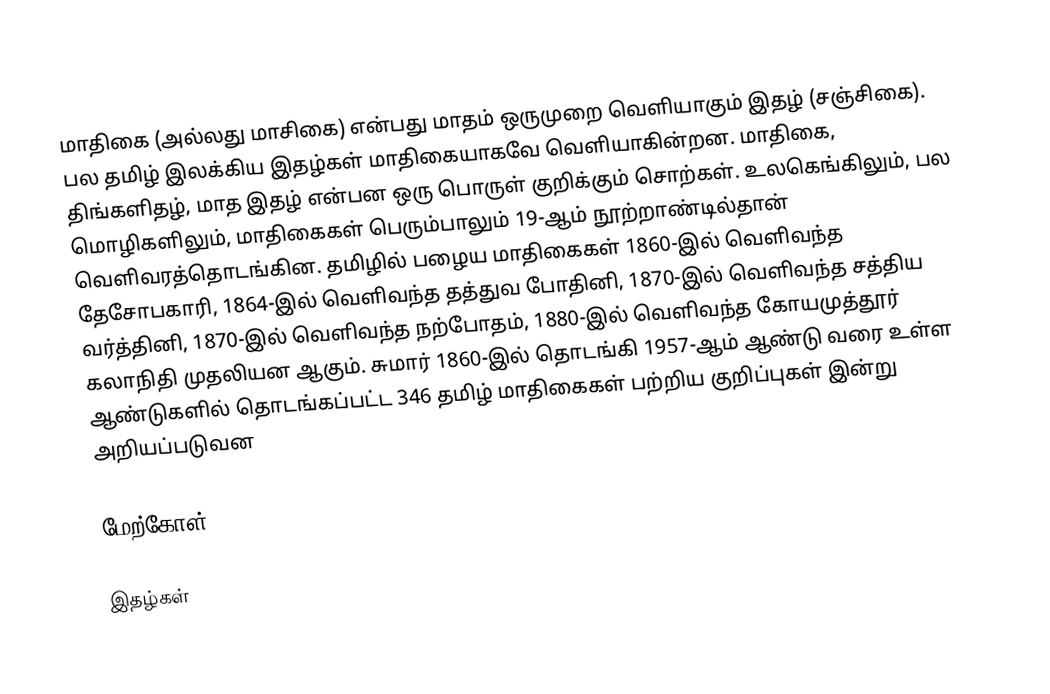
மாதிகை (அல்லது மாசிகை) என்பது மாதம் ஒருமுறை வெளியாகும் இதழ் (சஞ்சிகை). பல தமிழ் இலக்கிய இதழ்கள் மாதிகையாகவே வெளியாகின்றன. மாதிகை, திங்களிதழ், மாத இதழ் என்பன ஒரு பொருள் குறிக்கும் சொற்கள். உலகெங்கிலும், பல மொழிகளிலும், மாதிகைகள் பெரும்பாலும் 19-ஆம் நூற்றாண்டில்தான் வெளிவரத்தொடங்கின. தமிழில் பழைய மாதிகைகள் 1860-இல் வெளிவந்த தேசோபகாரி, 1864-இல் வெளிவந்த தத்துவ போதினி, 1870-இல் வெளிவந்த சத்திய வர்த்தினி, 1870-இல் வெளிவந்த நற்போதம், 1880-இல் வெளிவந்த கோயமுத்தூர் கலாநிதி முதலியன ஆகும். சுமார் 1860-இல் தொடங்கி 1957-ஆம் ஆண்டு வரை உள்ள ஆண்டுகளில் தொடங்கப்பட்ட 346 தமிழ் மாதிகைகள் பற்றிய குறிப்புகள் இன்று அறியப்படுவன

மேற்கோள்

இதழ்கள்